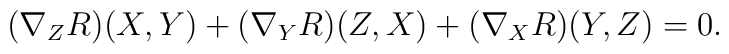
(\nabla_{Z} R)(X,Y) + (\nabla_{Y} R)(Z,X) + (\nabla_{X} R)(Y,Z) = 0.